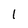
Character: 1